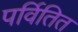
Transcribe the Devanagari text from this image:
पर्वितित